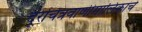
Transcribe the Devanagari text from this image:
दूरचित्रवाणीमालिकांचे